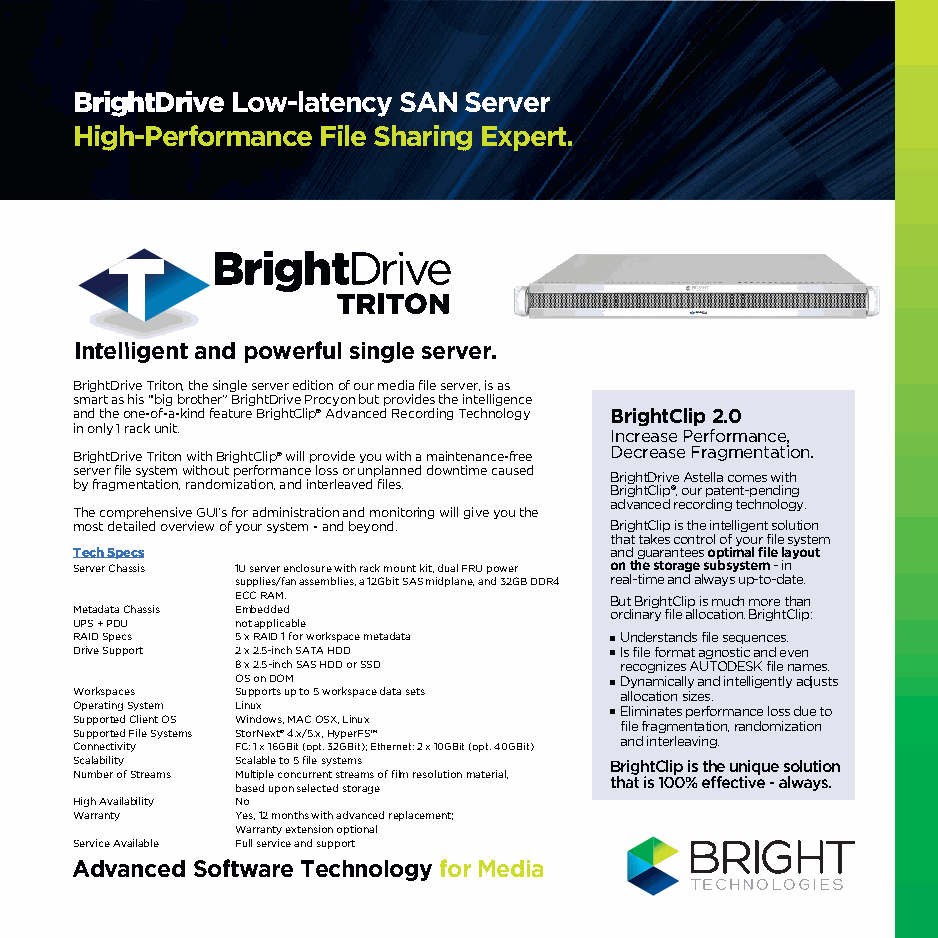
BrightDrive Low-latency SAN Server
 High-Performance File Sharing Expert.
 IInntteelllliiggeenntt aannd powerful single server.
 BrightDrive Triton, the single server edition of our media file server, is as
 smart as his “big brother” BrightDrive Procyon but provides the intelligence
 and the one-of-a-kind feature BrightClip® Advanced Recording Technology BrightClip 2.0
 in only 1 rack unit.               Increase Performance,
 BrightDrive Triton with BrightClip® will provide you with a maintenance-free Decrease Fragmentation.
 server file system without performance loss or unplanned downtime caused
 BrightDrive Astella comes with
 by fragmentation, randomization, and interleaved files. BrightClip®, our patent-pending
 advanced recording technology.
 The comprehensive GUI’s for administration and monitoring will give you the
 most detailed overview of your system - and beyond. BrightClip is the intelligent solution
 that takes control of your file system
 Tech Specs                         and guarantees optimal file layout
 Server Chassis 1U server enclosure with rack mount kit, dual FRU power o n the storage subsystem - in
 supplies/fan assemblies, a 12Gbit SAS midplane, and 32GB DDR4 real-time and always up-to-date.
 ECC RAM.                But BrightClip is much more than
 Metadata Chassis Embedded          ordinary file allocation. BrightClip:
 UPS + PDU  not applicable
 RAID Specs 5 x RAID 1 for workspace metadata Understands file sequences.
 Drive Support 2 x 2.5-inch SATA HDD Is file format agnostic and even
 8 x 2.5-inch SAS HDD or SSD recognizes AUTODESK file names.
 OS on DOM                Dynamically and intelligently adjusts
 Workspaces Supports up to 5 workspace data sets allocation sizes.
 Operating System Linux              Eliminates performance loss due to
 Supported Client OS Windows, MAC OSX, Linux file fragmentation, randomization
 Supported File Systems S torNext® 4.x/5.x, HyperFS™
 and interleaving.
 Connectivity FC: 1 x 16GBit (opt. 32GBit); Ethernet: 2 x 10GBit (opt. 40GBit)
 Scalability Scalable to 5 file systems BrightClip is the unique solution
 Number of Streams Multiple concurrent streams of film resolution material,
 based upon selected storage
 High Availability No
 Warranty   Yes, 12 months with advanced replacement;
 Warranty extension optional
 Service Available Full service and support
 Advanced Software Technology for Media